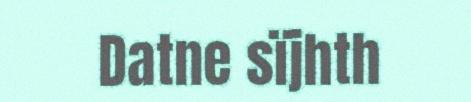
Datne sïjhth